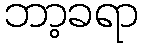
ဘာ့ခရာ